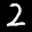
Label: 2